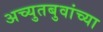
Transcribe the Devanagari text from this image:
अच्युतबुवांच्या